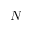
N